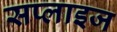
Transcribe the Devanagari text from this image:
सप्लाइज